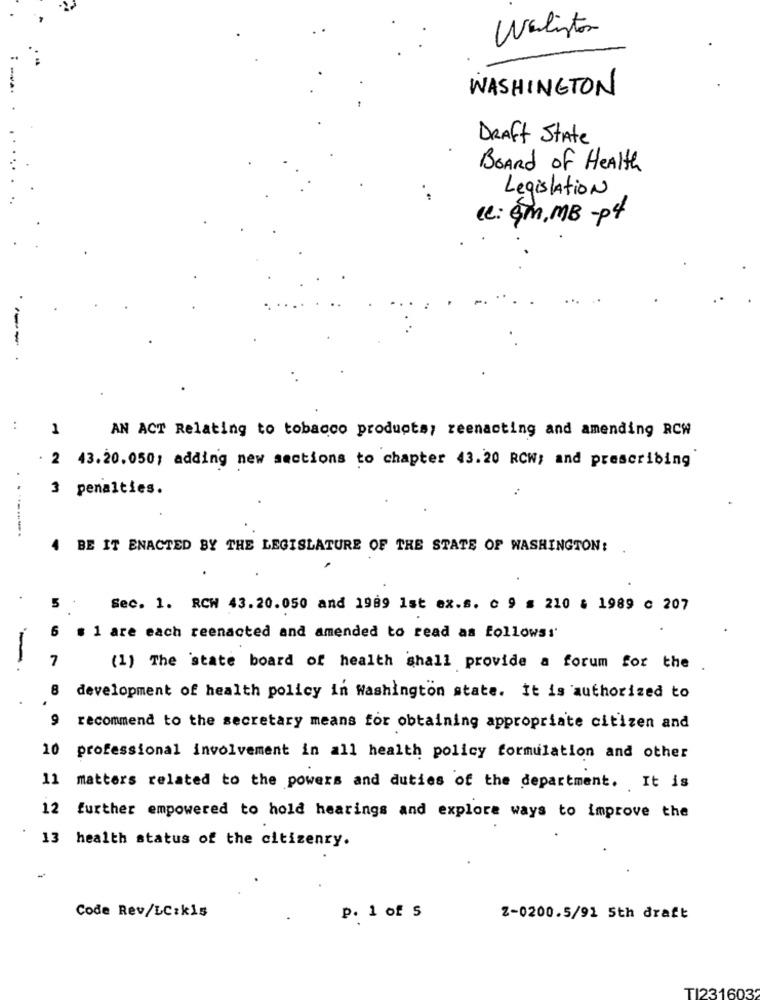
Waliston
WASHINGTON
DRAFT State
Board of Health
Legislation
le: gm, MB -p4
---
1
AN ACT Relating to tobacco products; reenacting and amending RCW
2 43.20.050; adding new sections to chapter 43.20 RCW; and prescribing
3 penalties.
..........
4 BE IT ENACTED BY THE LEGISLATURE OF THE STATE OF WASHINGTON:
5
Sec. 1. RCH 43.20.050 and 1989 1st ex.s. c 9 = 210 & 1989 c 207
6
. 1 are each reenacted and amended to read as followss'
7
-
(1) The state board of health shall provide a forum for the
8
development of health policy in Washington state. it is authorized to
recommend to the secretary means for obtaining appropriate citizen and
10 professional involvement in all health policy formulation and other
11 matters related to the powers and duties of the department. It is
12 further empowered to hold hearings and explore ways to improve the
13 health status of the citizenry.
Code Rev/LC:kis
p. 1 of 5
Z-0200.5/91 5th draft
TI231603: